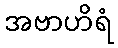
အဗာဟိရံ